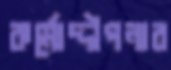
কর্মোদ্দীপনার